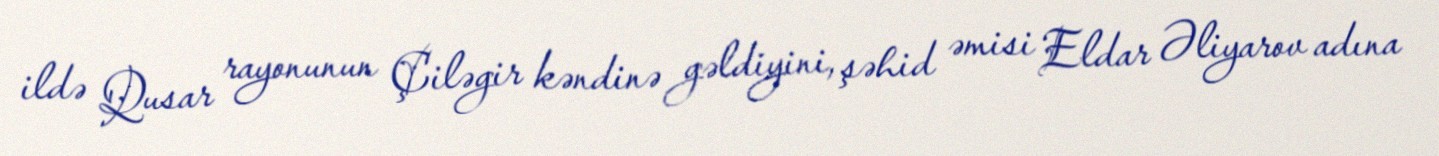
ildə Qusar rayonunun Çiləgir kəndinə gəldiyini, şəhid əmisi Eldar Əliyarov adına